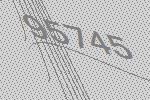
95745